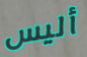
أليس